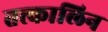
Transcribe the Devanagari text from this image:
तत्त्कालिन